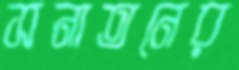
সনাতনের